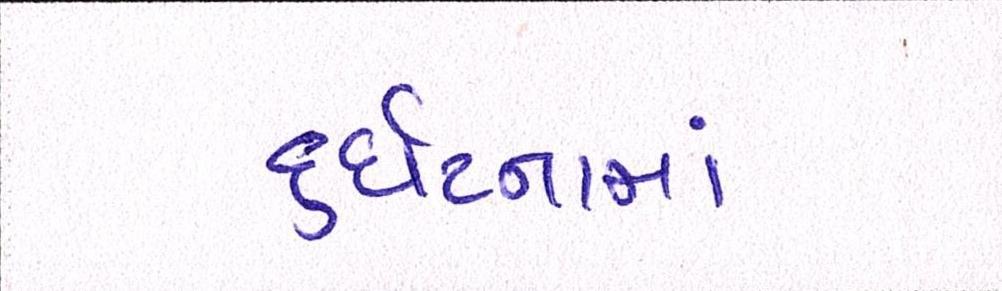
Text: દુર્ઘટનામાં